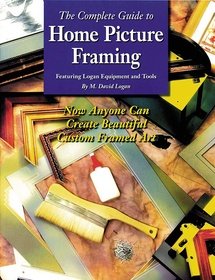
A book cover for The Complete Guide to Home Picture Framing: Featuring Logan Equipment and Tools; M. David Logan; Crafts, Hobbies & Home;